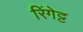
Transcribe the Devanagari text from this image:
रिंगेट्ट